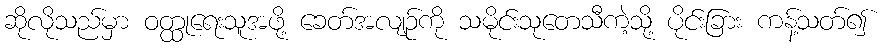
ဆိုလိုသည်မှာ ဝတ္ထုရေးသူအဖို့ ခေတ်အလျဉ်ကို သမိုင်းသုတေသီကဲ့သို့ ပိုင်းခြား ကန့်သတ်၍